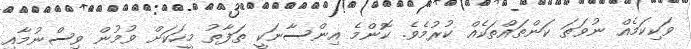
ވަކިކަމެއް ނުވަތަ ކަންތައްތަކެއް ކުރުމެވެ. ކޮންމެ އިންސާނަކީ ތަފާތު މީހަކަށް ވުމުން ވިސްނުމާއި